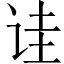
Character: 诖